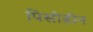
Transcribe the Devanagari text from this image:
पिसीडीन